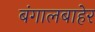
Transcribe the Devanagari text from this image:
बंगालबाहेर